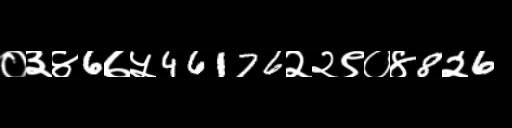
Text: ०३४6७५46176२२९०४8२6